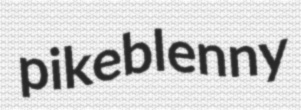
pikeblenny